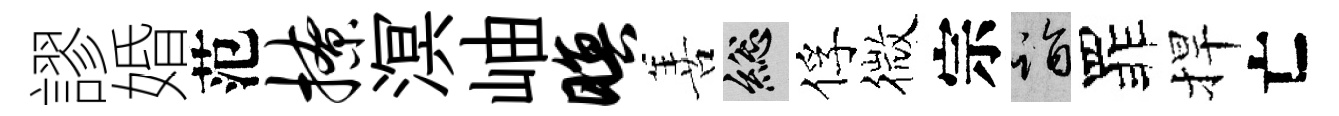
謬婚范撩溟岫暝善總俘微宗诣罪捍亡